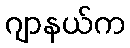
ဂျာနယ်က